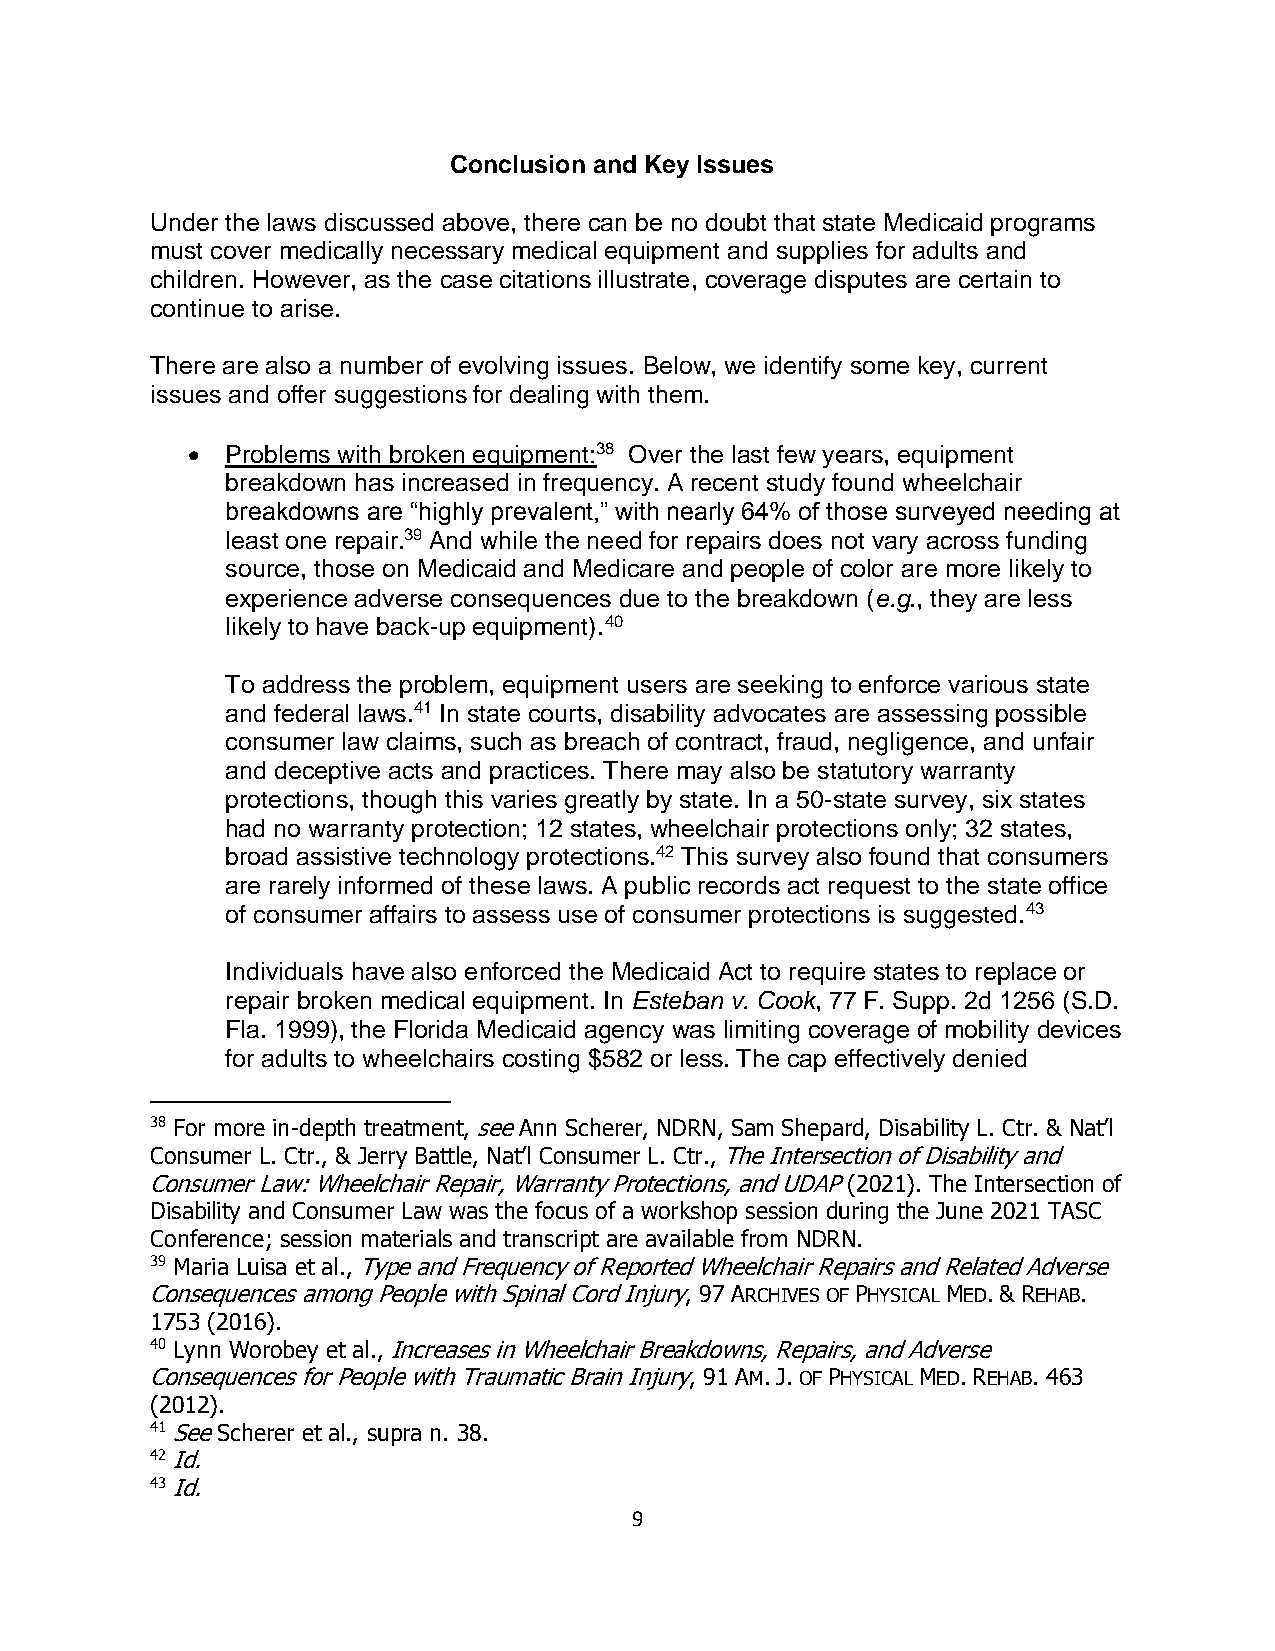
Conclusion and Key Issues
 Under the laws discussed above, there can be no doubt that state Medicaid programs
 must cover medically necessary medical equipment and supplies for adults and
 children. However, as the case citations illustrate, coverage disputes are certain to
 continue to arise.
 There are also a number of evolving issues. Below, we identify some key, current
 issues and offer suggestions for dealing with them.
   Problems with broken equipment:38 Over the last few years, equipment
 breakdown has increased in frequency. A recent study found wheelchair
 breakdowns are “highly prevalent,” with nearly 64% of those surveyed needing at
 least one repair.39 And while the need for repairs does not vary across funding
 source, those on Medicaid and Medicare and people of color are more likely to
 experience adverse consequences due to the breakdown (e.g., they are less
 likely to have back-up equipment).40
 To address the problem, equipment users are seeking to enforce various state
 and federal laws.41 In state courts, disability advocates are assessing possible
 consumer law claims, such as breach of contract, fraud, negligence, and unfair
 and deceptive acts and practices. There may also be statutory warranty
 protections, though this varies greatly by state. In a 50-state survey, six states
 had no warranty protection; 12 states, wheelchair protections only; 32 states,
 broad assistive technology protections.42 This survey also found that consumers
 are rarely informed of these laws. A public records act request to the state office
 of consumer affairs to assess use of consumer protections is suggested.43
 Individuals have also enforced the Medicaid Act to require states to replace or
 repair broken medical equipment. In Esteban v. Cook, 77 F. Supp. 2d 1256 (S.D.
 Fla. 1999), the Florida Medicaid agency was limiting coverage of mobility devices
 for adults to wheelchairs costing $582 or less. The cap effectively denied
 38 For more in-depth treatment, see Ann Scherer, NDRN, Sam Shepard, Disability L. Ctr. & Nat’l
 Consumer L. Ctr., & Jerry Battle, Nat’l Consumer L. Ctr., The Intersection of Disability and
 Consumer Law: Wheelchair Repair, Warranty Protections, and UDAP (2021). The Intersection of
 Disability and Consumer Law was the focus of a workshop session during the June 2021 TASC
 Conference; session materials and transcript are available from NDRN.
 39 Maria Luisa et al., Type and Frequency of Reported Wheelchair Repairs and Related Adverse
 Consequences among People with Spinal Cord Injury, 97 ARCHIVES OF PHYSICAL MED. & REHAB.
 1753 (2016).
 40 Lynn Worobey et al., Increases in Wheelchair Breakdowns, Repairs, and Adverse
 Consequences for People with Traumatic Brain Injury, 91 AM. J. OF PHYSICAL MED. REHAB. 463
 (2012).
 41 See Scherer et al., supra n. 38.
 42 Id.
 43 Id.
 9